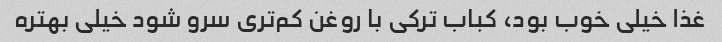
غذا خیلی خوب بود، کباب ترکی با روغن کم‌تری سرو شود خیلی بهتره